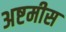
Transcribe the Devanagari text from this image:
अष्टमीस